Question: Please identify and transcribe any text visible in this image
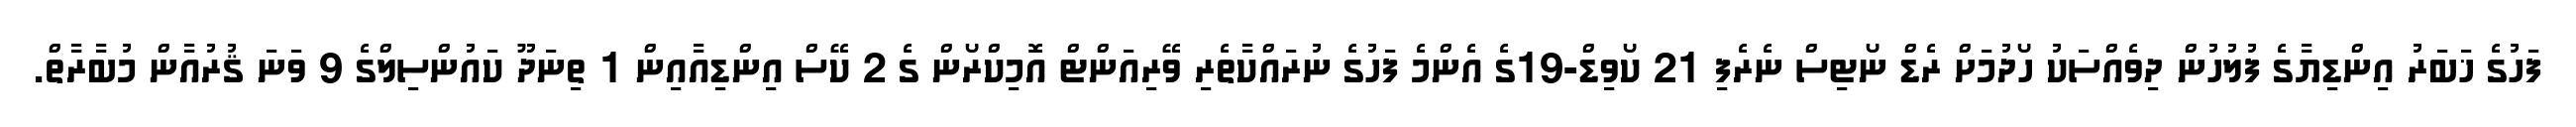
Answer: ފަހުގެ ޚަބަރު އިންޑިޔާގެ ފުލުހުން ދިވެއްސަކު ހޯދުމަށް ރެޑް ނޯޓިސް ނެރެފި 21 ކޯވިޑް-19ގެ އެންމެ ފަހުގެ ނުރައްކާތެރި ވޭރިއަންޓް އޮމިކްރޯން ގެ 2 ކޭސް އިންޑިއާއިން 1 ތިނަދޫ ކައުންސިލްގެ 9 ވަނަ ޤުރުއާން މުބާރާތް.